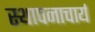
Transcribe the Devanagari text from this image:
स्थापनाचार्य